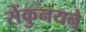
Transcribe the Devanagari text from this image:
सेंकुनयने